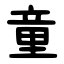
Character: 童